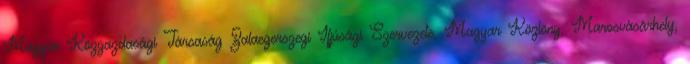
Magyar Közgazdasági Társaság Zalaegerszegi Ifjúsági Szervezete, Magyar Közlöny, Marosvásárhely,